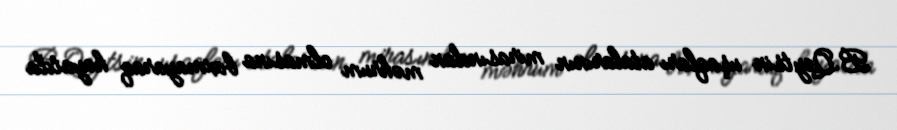
B.Qeytsin uşaqları atalarının mirasından məhrum olmasına baxmayaraq həyatda